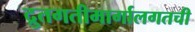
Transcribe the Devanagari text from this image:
द्रुतगतीमार्गालगतची